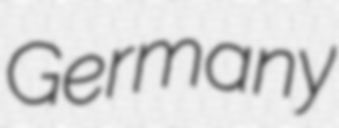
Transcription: Germany